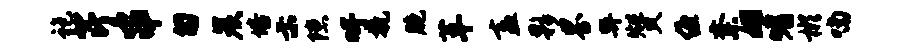
袍芹串匍炭培示隙吁挽胞革盍夥界弊赞缠紊姬嗜彬喃